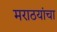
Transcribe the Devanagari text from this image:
मराठयांचा